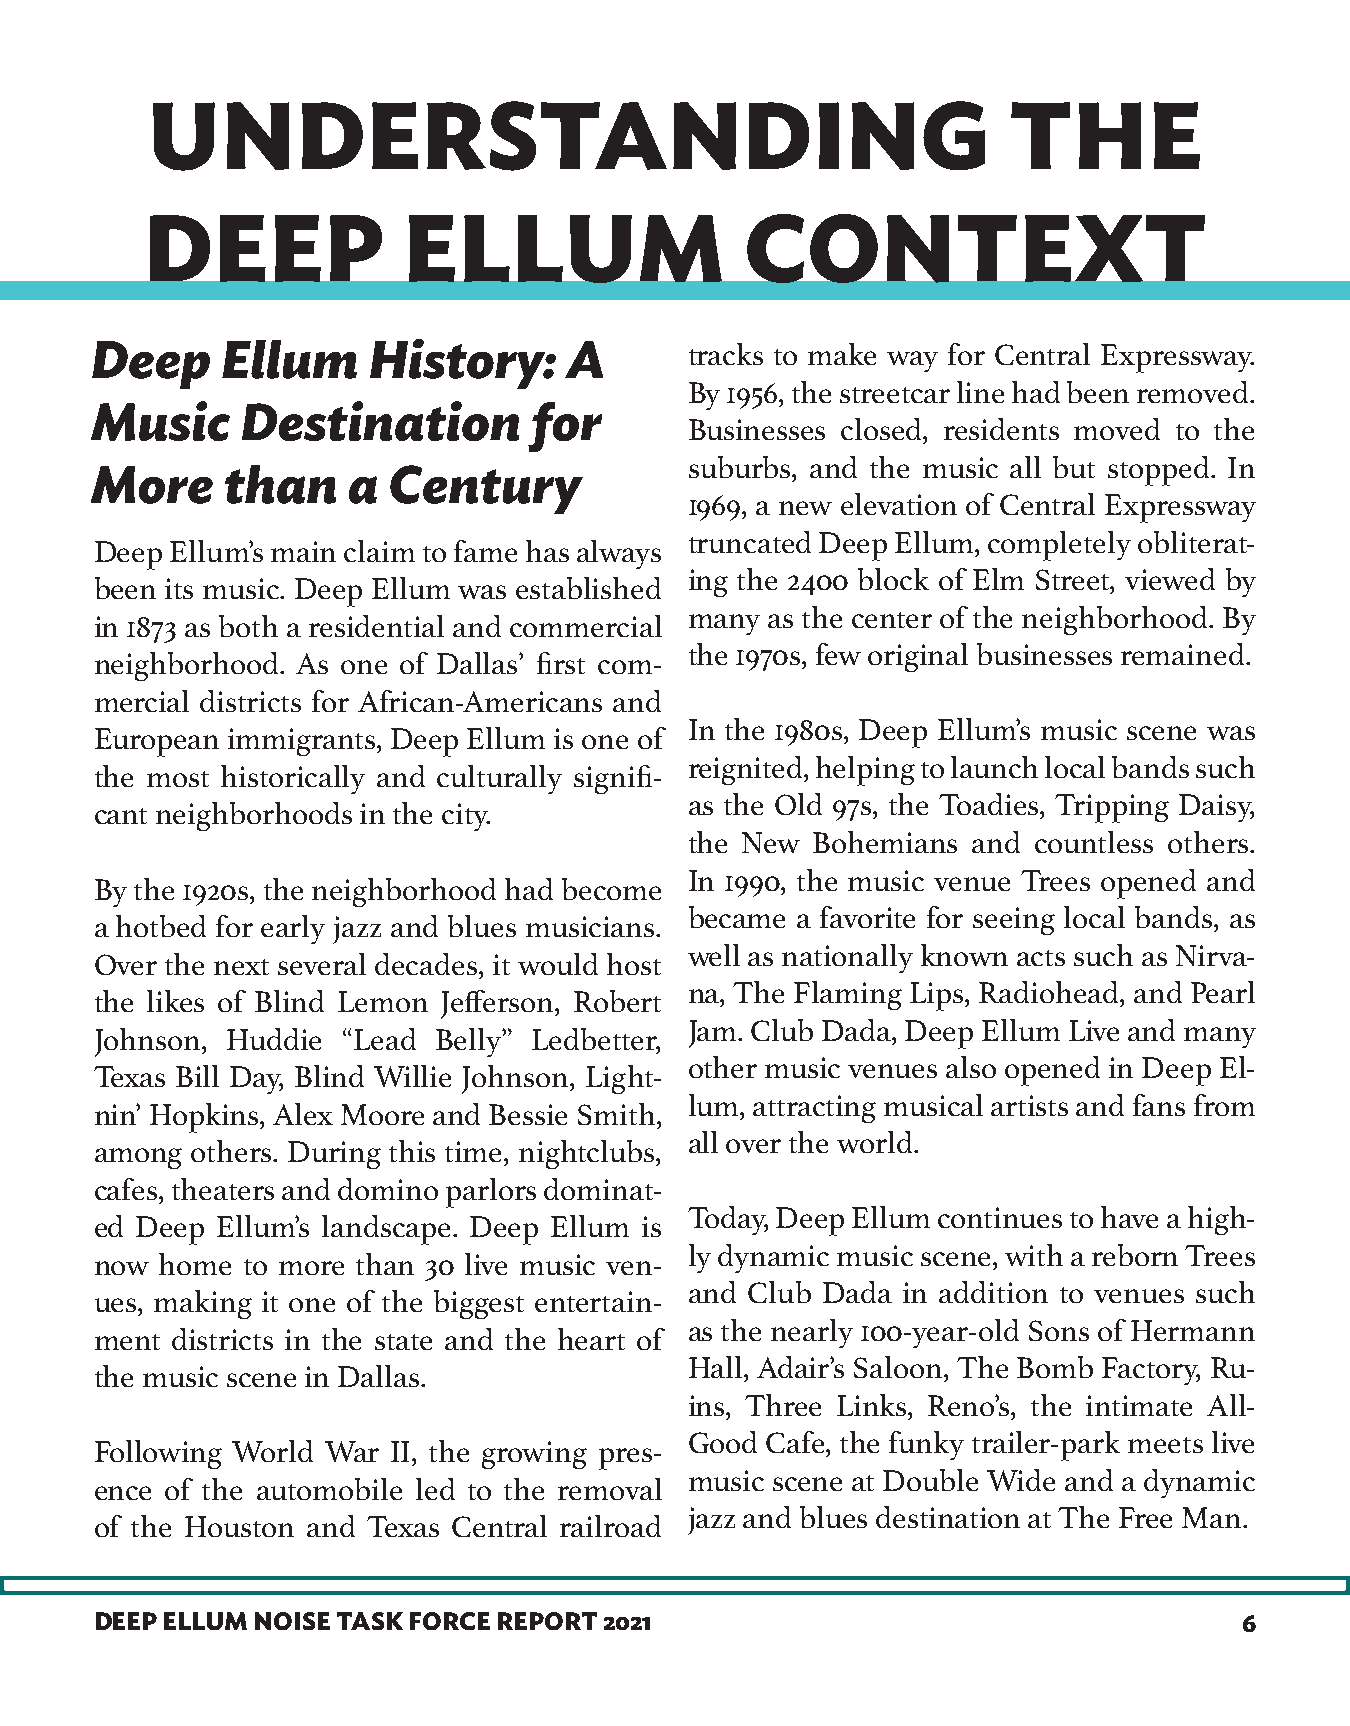
UNDERSTANDING                                            THE
 DEEP              ELLUM                 CONTEXT
 Deep     Ellum    History:      A       tracks to make way for Central Expressway.
 By 1956, the streetcar line had been removed.
 Music     Destination        for
 Businesses closed, residents moved to the
 suburbs, and the music all but stopped. In
 More     than    a  Century
 1969, a new elevation of Central Expressway
 truncated Deep Ellum, completely obliterat-
 Deep Ellum’s main claim to fame has always
 ing the 2400 block of Elm Street, viewed by
 been its music. Deep Ellum was established
 many as the center of the neighborhood. By
 in 1873 as both a residential and commercial
 the 1970s, few original businesses remained.
 neighborhood. As one of Dallas’ first com-
 mercial districts for African-Americans and
 In the 1980s, Deep Ellum’s music scene was
 European immigrants, Deep Ellum is one of
 reignited, helping to launch local bands such
 the most historically and culturally signifi-
 as the Old 97s, the Toadies, Tripping Daisy,
 cant neighborhoods in the city.
 the New Bohemians and countless others.
 In 1990, the music venue Trees opened and
 By the 1920s, the neighborhood had become
 became a favorite for seeing local bands, as
 a hotbed for early jazz and blues musicians.
 well as nationally known acts such as Nirva-
 Over the next several decades, it would host
 na, The Flaming Lips, Radiohead, and Pearl
 the likes of Blind Lemon Jefferson, Robert
 Jam. Club Dada, Deep Ellum Live and many
 Johnson, Huddie  “Lead Belly” Ledbetter,
 other music venues also opened in Deep El-
 Texas Bill Day, Blind Willie Johnson, Light-
 lum, attracting musical artists and fans from
 nin’ Hopkins, Alex Moore and Bessie Smith,
 all over the world.
 among  others. During this time, nightclubs,
 cafes, theaters and domino parlors dominat-
 Today, Deep Ellum continues to have a high-
 ed Deep Ellum’s landscape. Deep Ellum is
 ly dynamic music scene, with a reborn Trees
 now  home to more than 30 live music ven-
 and Club Dada in addition to venues such
 ues, making it one of the biggest entertain-
 as the nearly 100-year-old Sons of Hermann
 ment districts in the state and the heart of
 Hall, Adair’s Saloon, The Bomb Factory, Ru-
 the music scene in Dallas.
 ins, Three Links, Reno’s, the intimate All-
 Good Cafe, the funky trailer-park meets live
 Following World War II, the growing pres-
 music scene at Double Wide and a dynamic
 ence of the automobile led to the removal
 jazz and blues destination at The Free Man.
 of the Houston and Texas Central railroad
 DEEP ELLUM NOISE TASK FORCE REPORT 2021                                     6